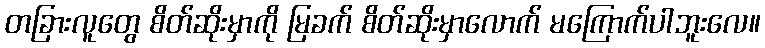
တခြားလူတွေ စိတ်ဆိုးမှာကို မြခက် စိတ်ဆိုးမှာလောက် မကြောက်ပါဘူးလေ။